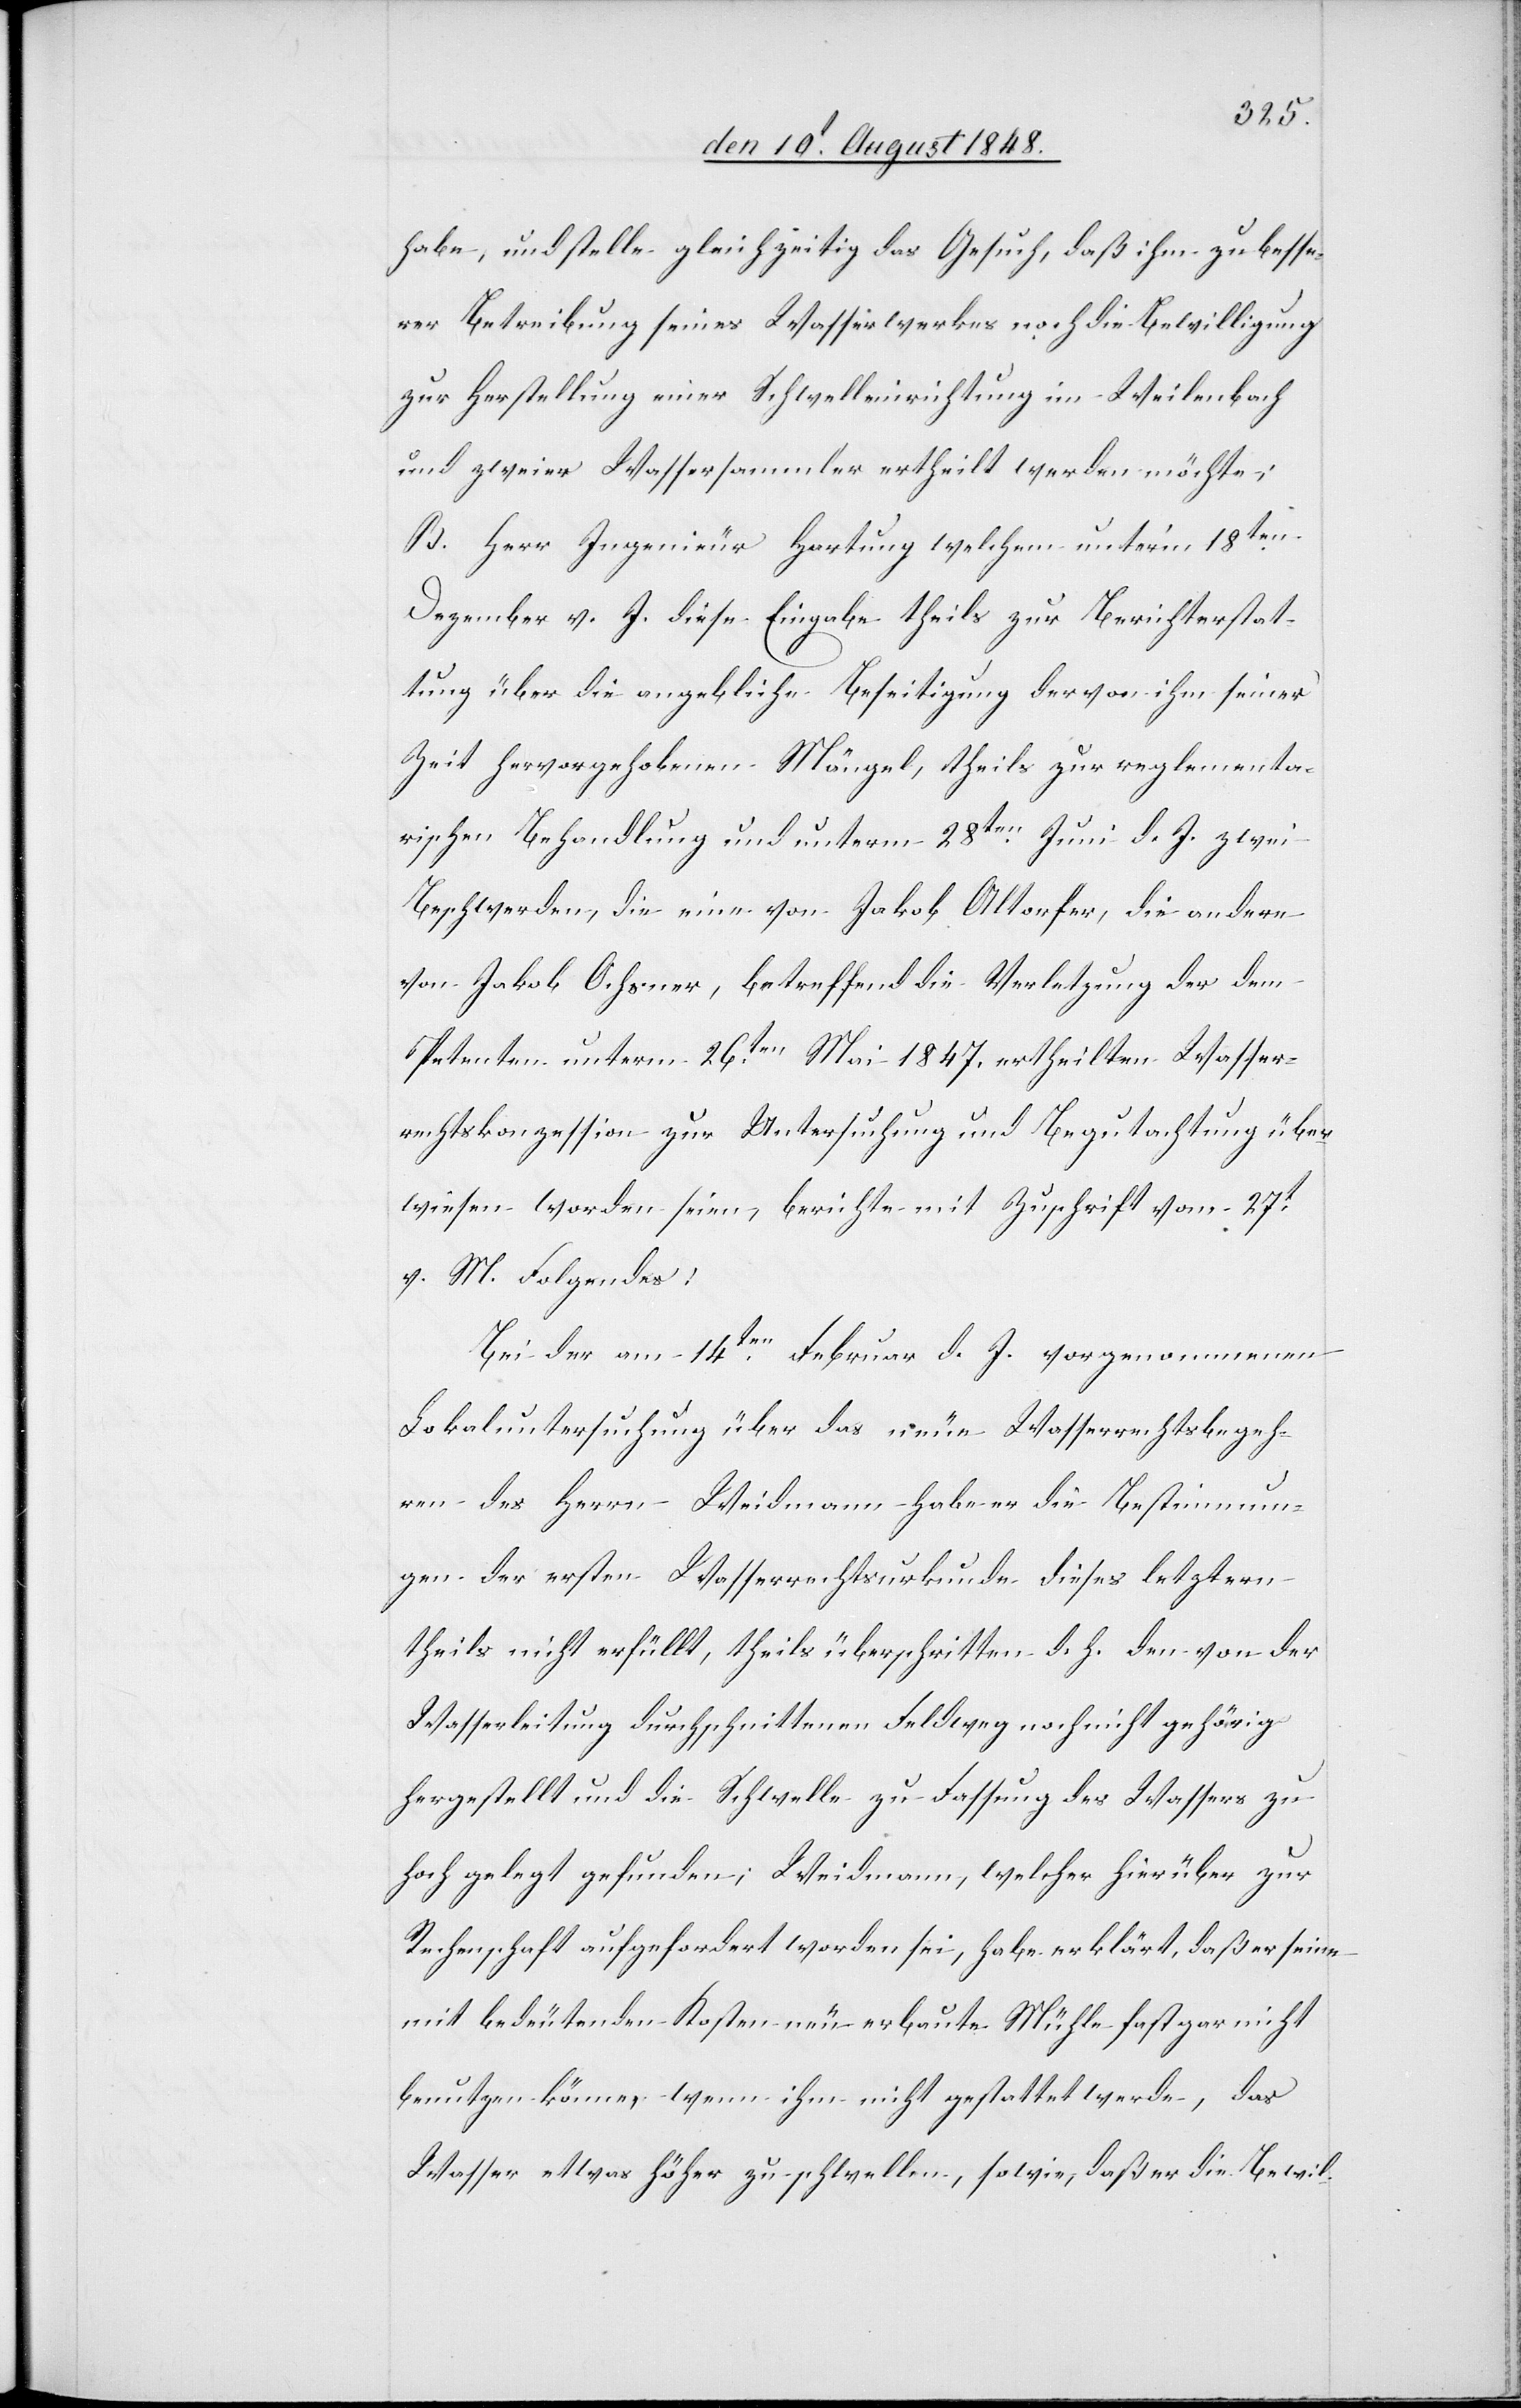
habe, und stelle gleichzeitig das Gesuch, daß ihm zu besse¬
rer Betreibung seines Wasserwerkes noch die Bewilligung
zur Herstellung einer Schwelleinrichtung im Weilenbach
und zweier Wassersammler ertheilt werden möchte;
B. Herr Ingenieur Hartung welchem unter’m 18ten
Dezember v. J. diese Eingabe theils zur Berichterstat¬
tung über die angebliche Beseitigung der von ihm seiner
Zeit hervorgehobenen Mängel, theils zur reglementa¬
rischen Behandlung und unterm 28ten Juni d. J. zwei
Beschwerden, die eine von Jakob Altorfer, die andere
von Jakob Ochsner, betreffend die Verletzung der dem
Petenten unterm 26ten Mai 1847. ertheilten Wasser¬
rechtskonzession zur Untersuchung und Begutachtung über¬
wiesen worden seien, berichte mit Zuschrift vom 27t
v. M. Folgendes:
Bei der am 14ten Februar d. J. vorgenommenen
Lokaluntersuchung über das neue Wasserrechtsbegeh¬
ren des Herrn Weidmann habe er die Bestimmun¬
gen der ersten Wasserrechtsurkunde dieses letztern
theils nicht erfüllt, theils überschritten d. h. den von der
Wasserleitung durchschnittenen Feldweg noch nicht gehörig
hergestellt und die Schwelle zu Fassung des Wassers zu
hoch gelegt gefunden; Weidmann, welcher hierüber zur
Rechenschaft aufgefordert worden sei, habe erklärt, daß er seine
mit bedeutenden Kosten neu erbaute Mühle fast gar nicht
benutzen könne, wenn ihm nicht gestattet werde, das
Wasser etwas höher zu schwellen, sowie, daß er die Bewil-